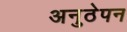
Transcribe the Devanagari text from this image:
अनुठेपन